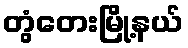
တွံတေးမြို့နယ်